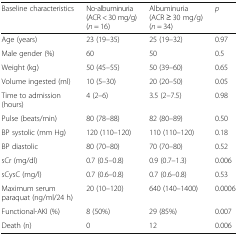
<table><thead><tr><td><b>Baseline characteristics</b></td><td><b>No-albuminuria (ACR &lt; 30 mg/g)(<i>n</i> = 16)</b></td><td><b>Albuminuria (ACR ≥ 30 mg/g)(<i>n</i> = 34)</b></td><td><b><i>p</i></b></td></tr></thead><tbody><tr><td>Age (years)</td><td>23 (19–35)</td><td>25 (19–32)</td><td>0.97</td></tr><tr><td>Male gender (%)</td><td>60</td><td>50</td><td>0.5</td></tr><tr><td>Weight (kg)</td><td>50 (45–55)</td><td>50 (39–60)</td><td>0.65</td></tr><tr><td>Volume ingested (ml)</td><td>10 (5–30)</td><td>20 (20–50)</td><td>0.05</td></tr><tr><td>Time to admission (hours)</td><td>4 (2–6)</td><td>3.5 (2–7.5)</td><td>0.98</td></tr><tr><td>Pulse (beats/min)</td><td>80 (78–88)</td><td>82 (80–89)</td><td>0.50</td></tr><tr><td>BP systolic (mm Hg)</td><td>120 (110–120)</td><td>110 (110–120)</td><td>0.18</td></tr><tr><td>BP diastolic</td><td>80 (70–80)</td><td>70 (70–80)</td><td>0.52</td></tr><tr><td>sCr (mg/dl)</td><td>0.7 (0.5–0.8)</td><td>0.9 (0.7–1.3)</td><td>0.006</td></tr><tr><td>sCysC (mg/l)</td><td>0.7 (0.6–0.8)</td><td>0.7 (0.6–0.8)</td><td>0.53</td></tr><tr><td>Maximum serum paraquat (ng/ml/24 h)</td><td>20 (10–120)</td><td>640 (140–1400)</td><td>0.0006</td></tr><tr><td>Functional-AKI (%)</td><td>8 (50%)</td><td>29 (85%)</td><td>0.007</td></tr><tr><td>Death (n)</td><td>0</td><td>12</td><td>0.006</td></tr></tbody></table>